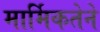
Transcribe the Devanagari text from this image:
मार्मिकतेने